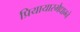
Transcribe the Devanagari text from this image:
प्रियायास्मैधाम्ने